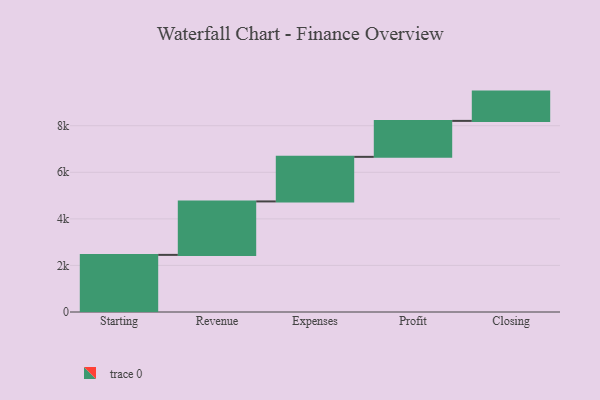
{"axis": {"x": "Step", "y": "Value"}, "legend": [""], "data": [{"x": "Starting", "y": 2453.0, "type": ""}, {"x": "Revenue", "y": 2296.0, "type": ""}, {"x": "Expenses", "y": 1914.0, "type": ""}, {"x": "Profit", "y": 1544.0, "type": ""}, {"x": "Closing", "y": 1258.0, "type": ""}]}